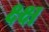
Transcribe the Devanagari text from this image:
क्ष्क्ष